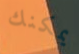
يمكنك